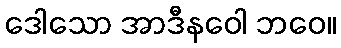
ဒေါသော အာဒီနဝေါ ဘဝေ။